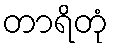
တာရိတုံ